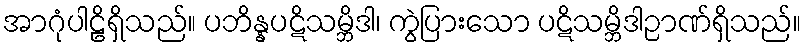
အာဂုံပါဠိရှိသည်။ ပဘိန္နပဋိသမ္ဘိဒါ၊ ကွဲပြားသော ပဋိသမ္ဘိဒါဉာဏ်ရှိသည်။